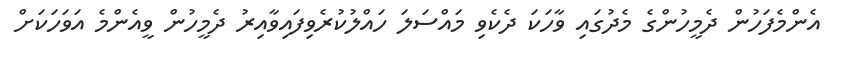
އެންމެފަހުން ދެމީހުންގެ މެދުގައި ވާހަކަ ދެކެވި މައްސަލަ ހައްލުކުރެވިފައިވާއިރު ދެމީހުން ވީއެންމެ އަވަހަކަށް